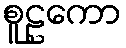
စူဠကော